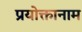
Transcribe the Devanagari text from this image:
प्रयोक्तानाम